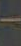
-